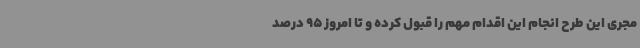
مجری این طرح انجام این اقدام مهم را قبول کرده و تا امروز 95 درصد